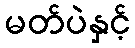
မတ်ပဲနှင့်